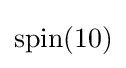
\operatorname {spin} (10)